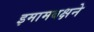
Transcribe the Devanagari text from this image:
इमामबक्षने